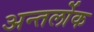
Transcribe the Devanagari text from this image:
अन्तर्लोक